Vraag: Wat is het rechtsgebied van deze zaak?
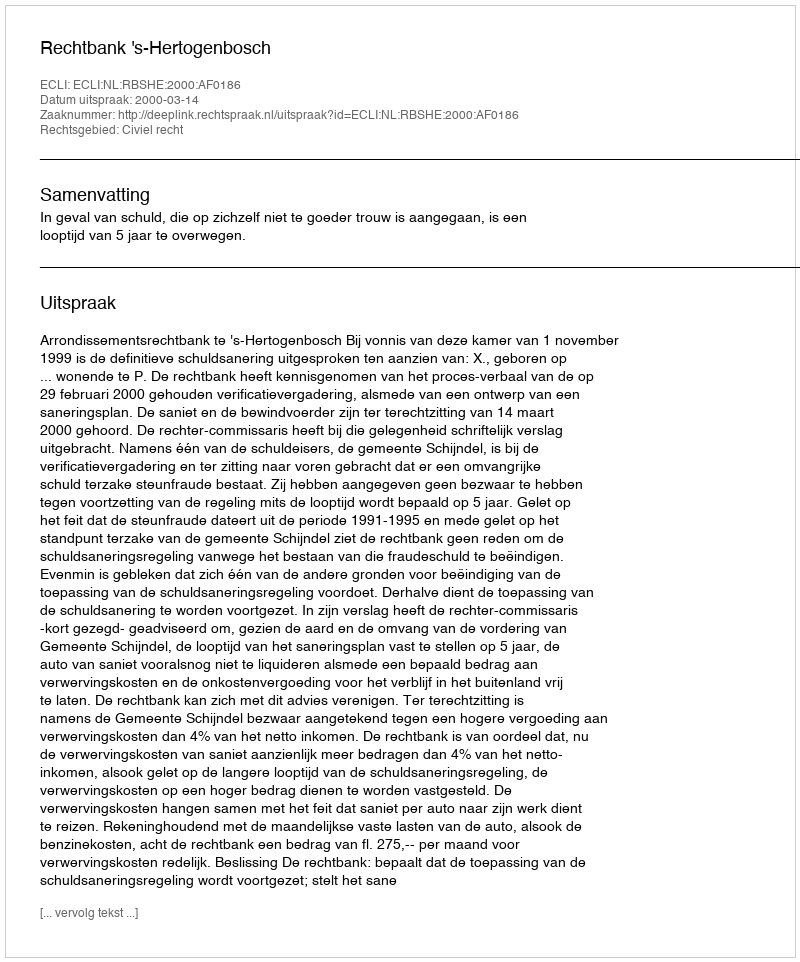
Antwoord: Civiel recht